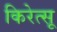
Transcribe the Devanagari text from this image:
किरेत्सू